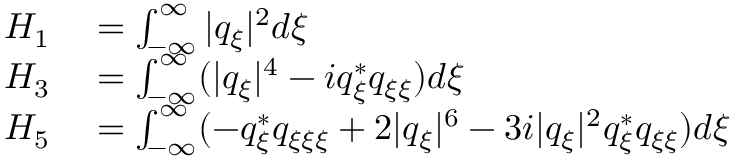
\begin{array} { r l } { H _ { 1 } } & { { } = \int _ { - \infty } ^ { \infty } | q _ { \xi } | ^ { 2 } d \xi } \\ { H _ { 3 } } & { { } = \int _ { - \infty } ^ { \infty } ( | q _ { \xi } | ^ { 4 } - i q _ { \xi } ^ { * } q _ { \xi \xi } ) d \xi } \\ { H _ { 5 } } & { { } = \int _ { - \infty } ^ { \infty } ( - q _ { \xi } ^ { * } q _ { \xi \xi \xi } + 2 | q _ { \xi } | ^ { 6 } - 3 i | q _ { \xi } | ^ { 2 } q _ { \xi } ^ { * } q _ { \xi \xi } ) d \xi } \end{array}